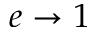
e \rightarrow 1